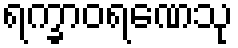
ရက္ခာဝရဏေသု